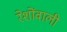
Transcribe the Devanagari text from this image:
रेशोंवाली